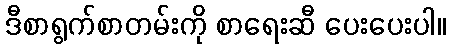
ဒီစာရွက်စာတမ်းကို စာရေးဆီ ပေးပေးပါ။